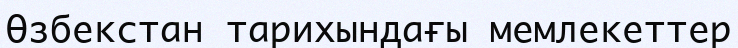
Өзбекстан тарихындағы мемлекеттер